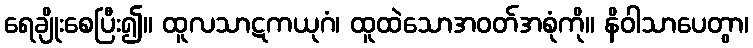
ရေချိုးစေပြီး၍။ ထူလသာဋကယုဂံ၊ ထူထဲသောအဝတ်အစုံကို။ နိဝါသာပေတွာ၊